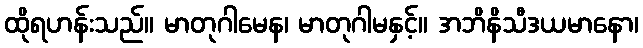
ထိုရဟန်းသည်။ မာတုဂါမေန၊ မာတုဂါမနှင့်။ အဘိနိသီဒယမာနော၊